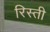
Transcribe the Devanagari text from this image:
रिस्ती